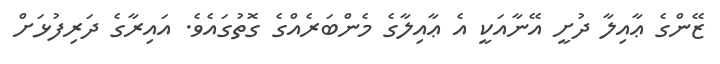
ޒޭންގެ ޢާއިލާ ދުށީ އޭނާއަކީ އެ ޢާއިލާގެ މެންބަރެއްގެ ގޮތުގައެވެ. އައިރާގެ ދަރިފުޅަށް